Destruction of fleas by exposure to the sun - Number 40
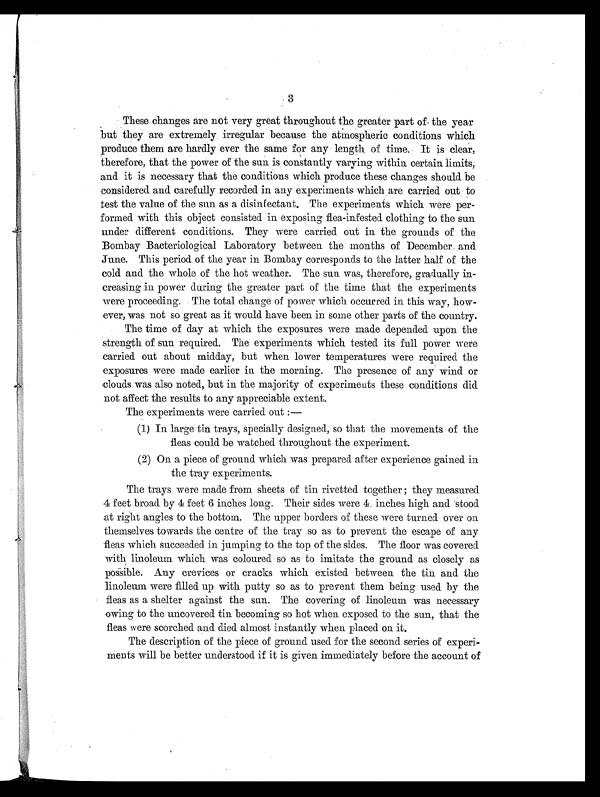
3
These changes are not very great throughout the greater part of the year
but they are extremely irregular because the atmospheric conditions which
produce them are hardly ever the same for any length of time. It is clear,
therefore, that the power of the sun is constantly varying within certain limits,
and it is necessary that the conditions which produce these changes should be
considered and carefully recorded in any experiments which are carried out to
test the value of the sun as a disinfectant. The experiments which were per-
formed with this object consisted in exposing flea-infested clothing to the sun
under different conditions. They were carried out in the grounds of the
Bombay Bacteriological Laboratory between the months of December and
June. This period of the year in Bombay corresponds to the latter half of the
cold and the whole of the hot weather. The sun was, therefore, gradually in-
creasing in power during the greater part of the time that the experiments
were proceeding. The total change of power which occurred in this way, how-
ever, was not so great as it would have been in some other parts of the country.
The time of day at which the exposures were made depended upon the
strength of sun required. The experiments which tested its full power were
carried out about midday, but when lower temperatures were required the
exposures were made earlier in the morning. The presence of any wind or
clouds was also noted, but in the majority of experiments these conditions did
not affect the results to any appreciable extent.
The experiments were carried out :
—
(1) In large tin trays, specially designed, so that the movements of the
fleas could be watched throughout the experiment.
(2) On a piece of ground which was prepared after experience gained in
the tray experiments.
The trays were made from sheets of tin rivetted together ; they measured
4 feet broad by 4 feet 6 inches long. Their sides were 4 inches high and stood
at right angles to the bottom. The upper borders of these were turned over on
themselves towards the centre of the tray so as to prevent the escape of any
fleas which succeeded in jumping to the top of the sides. The floor was covered
with linoleum which was coloured so as to imitate the ground as closely as
possible. Any crevices or cracks which existed between the tin and the
linoleum were filled up with putty so as to prevent them being used by the
fleas as a shelter against the sun. The covering of linoleum was necessary
owing to the uncovered tin becoming so hot when exposed to the sun, that the
fleas were scorched and died almost instantly when placed on it.
The description of the piece of ground used for the second series of experi-
ments will be better understood if it is given immediately before the account of